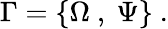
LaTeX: \Gamma=\{ \Omega~,~\Psi\} ~.